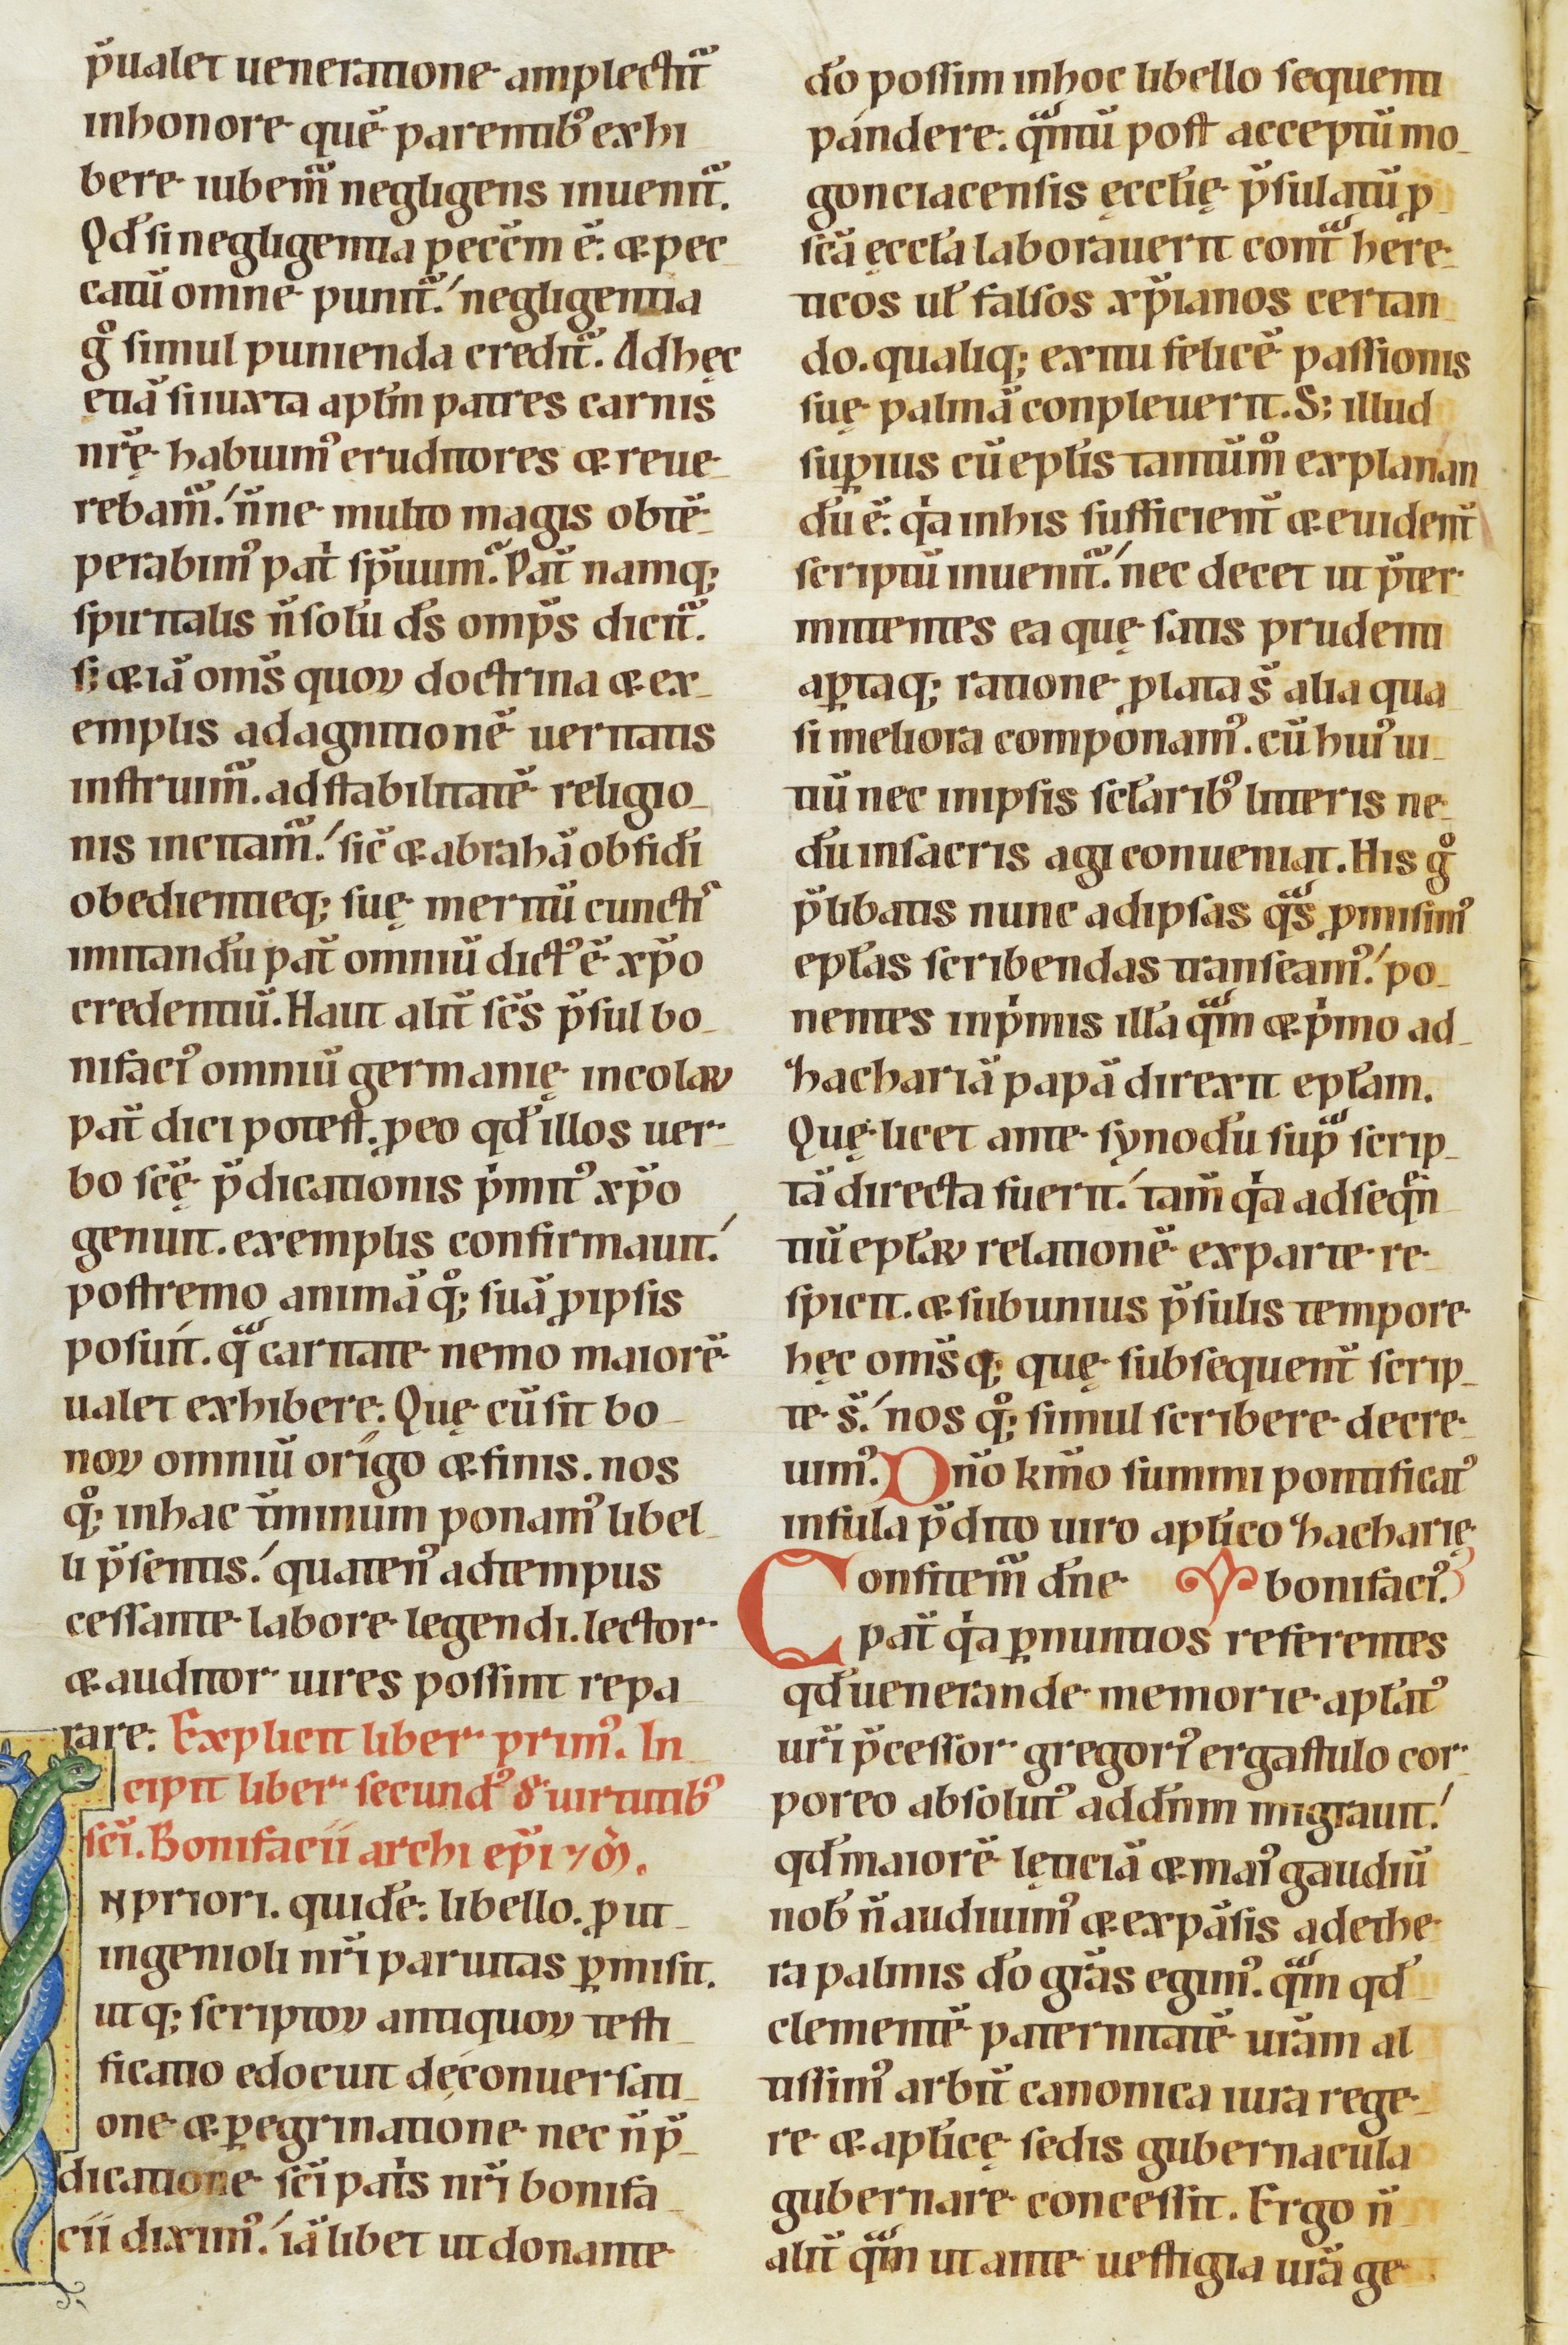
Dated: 1100–1199